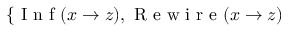
\{ \ensuremath { \mathrm { ~ I ~ n ~ f ~ } } ( x \to z ) , \ensuremath { \mathrm { ~ R ~ e ~ w ~ i ~ r ~ e ~ } } ( x \to z )